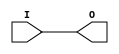
module IBUF_HSTL_I (O, I);

    output O;

    input  I;

	buf B1 (O, I);


endmodule